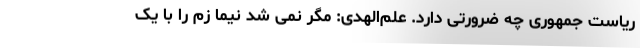
ریاست جمهوری چه ضرورتی دارد. علم‌الهدی: مگر نمی شد نیما زم را با یک